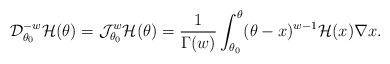
LaTeX: \begin{align*}\mathcal{D}_{\theta_{0}}^{- w}\mathcal{H}(\theta) = \mathcal{J}^{w}_{\theta_{0}}\mathcal{H}(\theta) = \frac{1}{\Gamma(w)}\int_{\theta_{0}}^{\theta}(\theta - x)^{w - 1}\mathcal{H}(x)\nabla x.\end{align*}